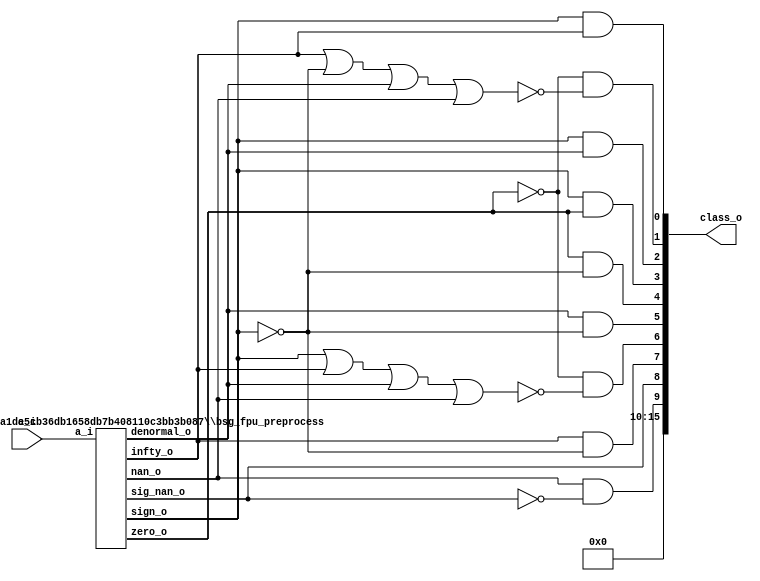
/* Generated by Yosys 0.27+9 (git sha1 101d19bb6, gcc 11.2.0-7ubuntu2 -fPIC -Os) */


module \$paramod$05fcaba1de5cb36db1658db7b408110c3bb3b087\bsg_fpu_preprocess (a_i, zero_o, nan_o, sig_nan_o, infty_o, exp_zero_o, man_zero_o, denormal_o, sign_o, exp_o, man_o);
  wire _00_;
  wire _01_;
  wire _02_;
  wire _03_;
  wire _04_;
  wire _05_;
  wire _06_;
  wire _07_;
  wire _08_;
  wire _09_;
  wire _10_;
  wire _11_;
  wire _12_;
  wire _13_;
  wire _14_;
  wire _15_;
  wire _16_;
  
  input [15:0] a_i;
  wire [15:0] a_i;
  
  output denormal_o;
  wire denormal_o;
  
  output [4:0] exp_o;
  wire [4:0] exp_o;
  
  wire exp_zero;
  
  output exp_zero_o;
  wire exp_zero_o;
  
  output infty_o;
  wire infty_o;
  
  output [9:0] man_o;
  wire [9:0] man_o;
  
  output man_zero_o;
  wire man_zero_o;
  
  wire mantissa_zero;
  
  output nan_o;
  wire nan_o;
  
  output sig_nan_o;
  wire sig_nan_o;
  
  output sign_o;
  wire sign_o;
  
  output zero_o;
  wire zero_o;
  assign _00_ = ~(a_i[1] | a_i[0]);
  assign _01_ = a_i[3] | a_i[2];
  assign _02_ = _00_ & ~(_01_);
  assign _03_ = a_i[5] | a_i[4];
  assign _04_ = a_i[7] | a_i[6];
  assign _05_ = _04_ | _03_;
  assign _06_ = _02_ & ~(_05_);
  assign _07_ = a_i[9] | a_i[8];
  assign man_zero_o = _06_ & ~(_07_);
  assign _08_ = ~a_i[14];
  assign _09_ = a_i[11] | a_i[10];
  assign _10_ = a_i[13] | a_i[12];
  assign _11_ = _10_ | _09_;
  assign exp_zero_o = _08_ & ~(_11_);
  assign _12_ = ~exp_zero_o;
  assign zero_o = man_zero_o & ~(_12_);
  assign _13_ = ~(a_i[11] & a_i[10]);
  assign _14_ = ~(a_i[13] & a_i[12]);
  assign _15_ = _14_ | _13_;
  assign _16_ = _15_ | _08_;
  assign nan_o = ~(_16_ | man_zero_o);
  assign sig_nan_o = nan_o & ~(a_i[9]);
  assign infty_o = man_zero_o & ~(_16_);
  assign denormal_o = ~(_12_ | man_zero_o);
  assign exp_o = a_i[14:10];
  assign exp_zero = exp_zero_o;
  assign man_o = a_i[9:0];
  assign mantissa_zero = man_zero_o;
  assign sign_o = a_i[15];
endmodule

(* top =  1  *)

module bsg_fpu_classify(a_i, class_o);
  wire _00_;
  wire _01_;
  wire _02_;
  wire _03_;
  wire _04_;
  wire _05_;
  wire _06_;
  
  input [15:0] a_i;
  wire [15:0] a_i;
  
  output [15:0] class_o;
  wire [15:0] class_o;
  
  wire denormal;
  
  wire infty;
  
  wire nan;
  
  wire sig_nan;
  
  wire sign;
  
  wire zero;
  assign class_o[0] = sign & infty;
  assign _00_ = ~zero;
  assign _01_ = infty | ~(sign);
  assign _02_ = _01_ | denormal;
  assign _03_ = _02_ | nan;
  assign class_o[1] = _00_ & ~(_03_);
  assign class_o[2] = sign & denormal;
  assign class_o[3] = sign & zero;
  assign class_o[4] = zero & ~(sign);
  assign class_o[5] = denormal & ~(sign);
  assign _04_ = sign | infty;
  assign _05_ = _04_ | denormal;
  assign _06_ = _05_ | nan;
  assign class_o[6] = _00_ & ~(_06_);
  assign class_o[7] = infty & ~(sign);
  assign class_o[9] = nan & ~(sig_nan);
  (* module_not_derived = 32'd1 *)
  
  \$paramod$05fcaba1de5cb36db1658db7b408110c3bb3b087\bsg_fpu_preprocess  prep (
    .a_i(a_i),
    .denormal_o(denormal),
    .infty_o(infty),
    .nan_o(nan),
    .sig_nan_o(sig_nan),
    .sign_o(sign),
    .zero_o(zero)
  );
  assign { class_o[15:10], class_o[8] } = { 6'h00, sig_nan };
endmodule